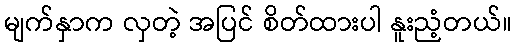
မျက်နှာက လှတဲ့ အပြင် စိတ်ထားပါ နူးညံ့တယ်။